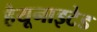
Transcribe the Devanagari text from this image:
हैयूनाइटेड